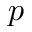
p